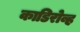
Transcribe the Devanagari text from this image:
काडिरोव्ह